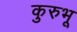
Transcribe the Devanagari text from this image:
कुरुभू